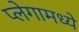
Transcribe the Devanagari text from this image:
प्लेगामध्ये